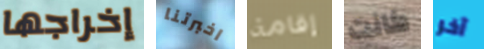
إخراجها اخبرتنا إقامة كانت آخر